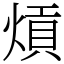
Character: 熕